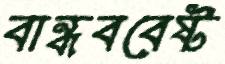
বান্ধববেষ্ট